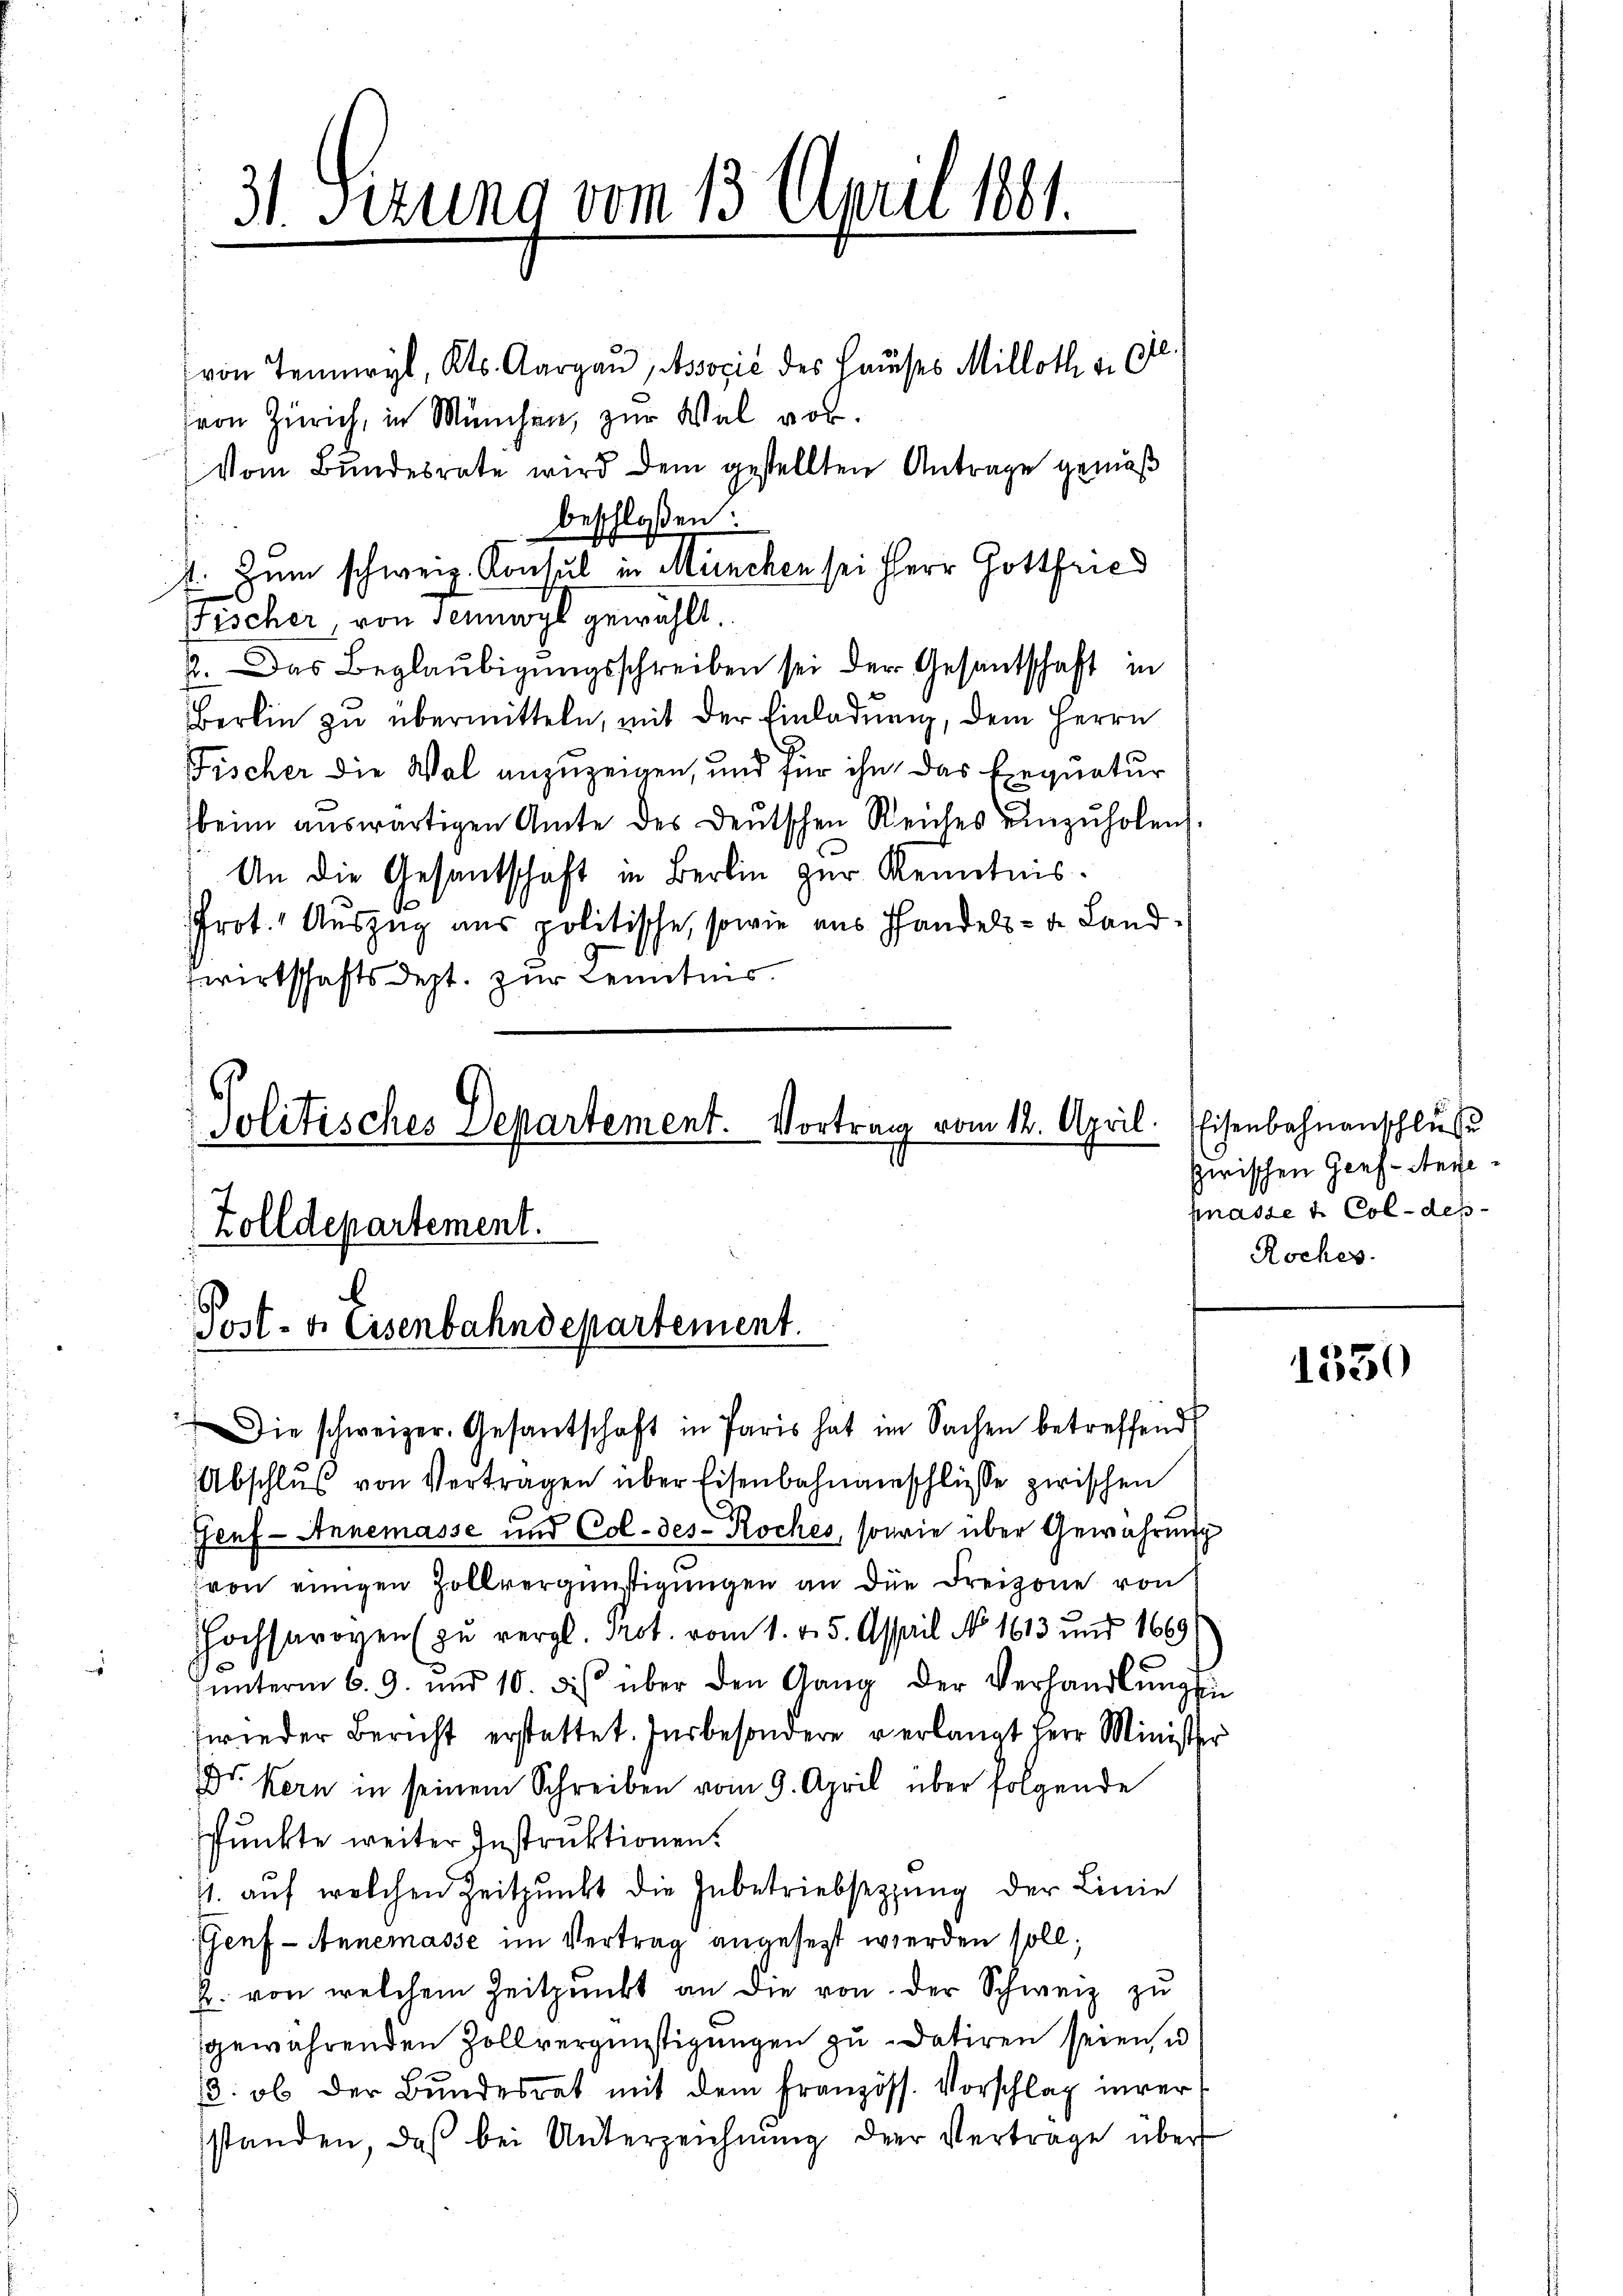
31. Sezung vom 13. April 1881.

Zolldepartement.
s
Post- & Eisenbahndepartement.

von Temmryl, Kts. Aargau Associé des Hauses Milloth v.
von Zürich, in München, zur Wal vor.
Vom Bundesrate wird dem gestellten Antrage gemäß
beschloßen:
. Zum schweiz. Konsul in München sei Herr Gottfried
FFischer von seinwyl gewählt.
2. Das Beglaubigungsschreiben sei der Gesantschaft in
Berlin zu übermitteln, mit der Einladung, dem Herrn
Fischer die Wal anzuzeigen, und für ihn das Exequatur
beim aŭswärtigen Amte des deŭtschen Reiches einzŭholen.
An die Gesantschaft in Berlin zur Kenntnis.
Prot. Auszug aus politische, sowie aus Handels- u. Landwirtschaftsdest. zur Kenntnis

Jolitisches Departement. Vortrag vom 12. April.

Die schweizer. Gesantschaft in Paris hat im Sachen betreffend
Abschlŭβ von Vertragen über Eisenbahnamschlüsse zwischen
Jenf- Annemasse und Col- des Koches, sowie über Gewährung
von einigen Zollvergünstigungen an die Freizone von
Hochsavoyen (zu vergl. Not. vom 1. d. 5. April No 1613 und 1669
ŭnterm 6. 9. und 10. des über den Gang der Verhandlŭng sin
zwieder Bericht erstattet. Insbesondere verlangt Herr Minister
Dr. Kern in seinem Schreiben vom 9. April über folgende
punkte weiter Instruktionen.
1. auf welchen Zeitpunkt die Inbetriebsetzung der Linie
Genf - Annemasse im Vertrag angesetzt werden soll;
B. von welchem Zeitpunkt an die von der Schweiz zu
gewährenden Zollvergünstigungen zu datiren seien, u
. ob der Bŭndesrat mit dem Französs. Vorschlag inverstanden, daß bei Unterzeichnŭng der Vertrage über

Eisenbahnanschluß
Zwischen Graf-Angepnasse u. Col-des
Roches.

1330